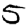
Digit: 5